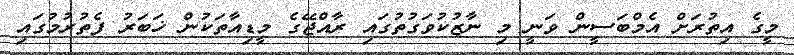
މީގެ އިތުރަށް އެމްބަސީން ވަނީ މި ނާޒުކުވަގުތުގައި ރާއްޖޭގެ މީޑިއާތަކުން ޚަބަރު ފެތުރުމުގައި